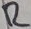
Text: R